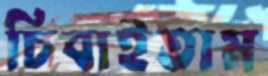
চিবাইতাম